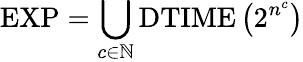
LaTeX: {\mathrm{EXP}}=\bigcup_{c\in\mathbb{N}}{\mathrm{DTIME}}\left(2^{n^{c}}\right)